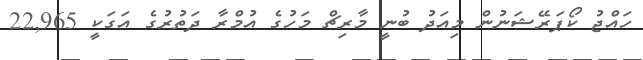
ހައްޖު ކޯޕަރޭޝަނުން މިއަދު ބުނީ މާރިޗް މަހުގެ އުމްރާ ދަތުރުގެ އަގަކީ 22